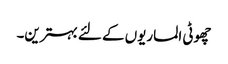
چھوٹی الماریوں کے لئے بہترین۔